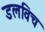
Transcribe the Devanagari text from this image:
डलविच